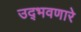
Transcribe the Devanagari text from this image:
उद्‌भवणारे